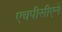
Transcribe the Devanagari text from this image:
एचपीसीएने